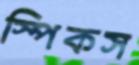
স্পিকস